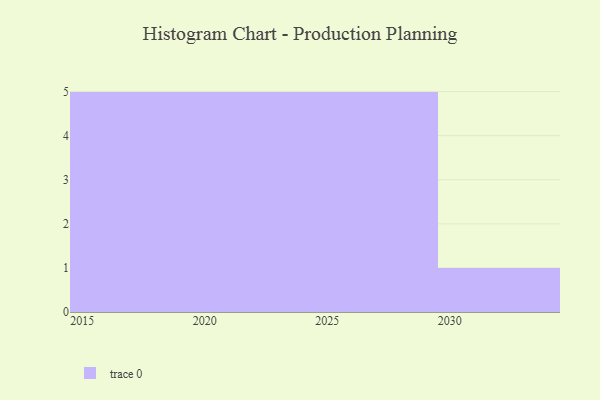
{"axis": {"x": "Year", "y": "LTV (USD)"}, "legend": [""], "data": [{"x": "2029", "y": 74, "type": ""}, {"x": "2019", "y": 55, "type": ""}, {"x": "2024", "y": 33, "type": ""}, {"x": "2021", "y": 22, "type": ""}, {"x": "2022", "y": 59, "type": ""}, {"x": "2015", "y": 62, "type": ""}, {"x": "2020", "y": 79, "type": ""}, {"x": "2030", "y": 31, "type": ""}, {"x": "2026", "y": 21, "type": ""}, {"x": "2016", "y": 15, "type": ""}, {"x": "2018", "y": 28, "type": ""}, {"x": "2023", "y": 83, "type": ""}, {"x": "2027", "y": 83, "type": ""}, {"x": "2028", "y": 95, "type": ""}, {"x": "2025", "y": 65, "type": ""}, {"x": "2017", "y": 70, "type": ""}]}